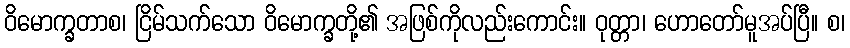
ဝိမောက္ခတာစ၊ ငြိမ်သက်သော ဝိမောက္ခတို့၏ အဖြစ်ကိုလည်းကောင်း။ ဝုတ္တာ၊ ဟောတော်မူအပ်ပြီ။ စ၊